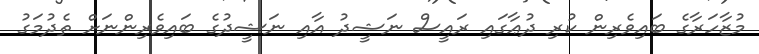
މުޒާހަރާގެ ބައިވެރިން ކުރި ދުޢާގައި ރައީސް ނަޝީދު އާއި ނަޝީދުގެ ބައިވެރިންނަށް ތެދުމަގު